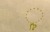
ૢ